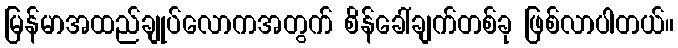
မြန်မာအထည်ချုပ်လောကအတွက် စိန်ခေါ်ချက်တစ်ခု ဖြစ်လာပါတယ်။